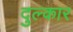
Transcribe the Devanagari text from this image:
दुल्कार